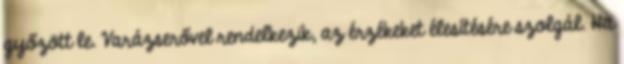
győzött le. Varázserővel rendelkezik, az érzékeket élesítésére szolgál. Ha